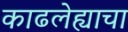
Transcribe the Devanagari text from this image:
काढलेह्याचा